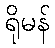
ရိုမန်